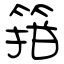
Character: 箝